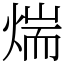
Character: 煓